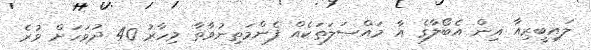
ލައިބީރިއާ އިން އެބޯލާގެ އާ މައްސަލަތަކެއް ފެންމަތިނުވާތާ މިހާރު 40 ދުވަހަށް ވުރެ